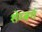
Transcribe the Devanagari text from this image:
शेम्बर्ग